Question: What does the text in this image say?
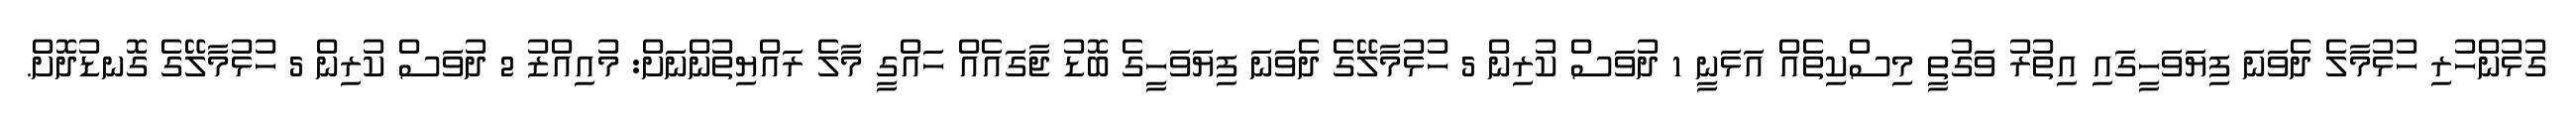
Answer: ގުޅުންހުރި ހުޅުމާލެ ދެވަނަ ފިޔަވަހީގައި އިތުރު ވަގުތީ މިސްކިތެއް އަޅަނީ 1 ދުވަސް ކުރިން 5 ހުޅުމާލޭގެ ދެވަނަ ފިޔަވަހީގެ ބޮޑު ޖާގައެއް ހައްގީ މާލެ ރައްޔިތުންނަށް: މުއިއްޒު 2 ދުވަސް ކުރިން 5 ހުޅުމާލޭގެ ގޮނޑުދޮށް.